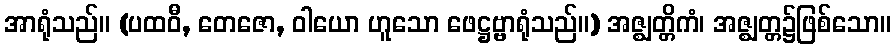
အာရုံသည်။ (ပထဝီ, တေဇော, ဝါယော ဟူသော ဖေဋ္ဌဗ္ဗာရုံသည်။) အဇ္ဈတ္တိကံ၊ အဇ္ဈတ္တ၌ဖြစ်သော။